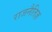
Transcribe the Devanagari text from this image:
राजनैतिज्ञ